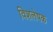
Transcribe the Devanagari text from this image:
विशलेषक